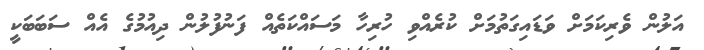
އަލުން ވެރިކަމަށް ވަޑައިގަތުމަށް ކުރެއްވި ހުރިހާ މަސައްކަތެއް ފަނުފުލުން ދިއުމުގެ އެއް ސަބަބަކީ